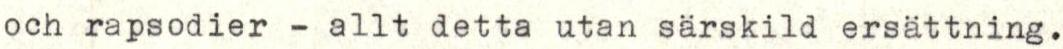
och rapsodier - allt detta utan särskild ersättning.